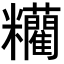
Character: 𥽼